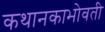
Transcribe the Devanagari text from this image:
कथानकाभोवती